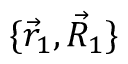
\{ \vec { r } _ { 1 } , \vec { R } _ { 1 } \}